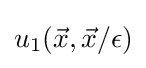
u_{1}({\vec {x}},{\vec {x}}/\epsilon )